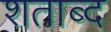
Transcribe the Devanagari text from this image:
शताब्द